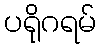
ပရိုဂရမ်